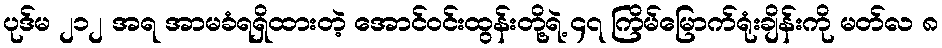
ပုဒ်မ ၂၁၂ အရ အာမခံရရှိထားတဲ့ အောင်ဝင်းထွန်းတို့ရဲ့ ၄၇ ကြိမ်မြောက်ရုံးချိန်းကို မတ်လ ၈